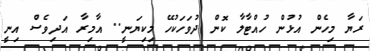
ރަޔާ މިހެން އުޅުން ހުއްޓާލާ ކޮން ދުވަހަކުހޭ މިކިޔަނީ.. އާމިރާ އަދިވެސް އިނީ